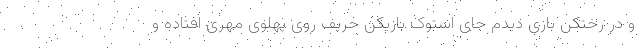
و در رختکن بازی دیدم جای استوک بازیکن حریف روی پهلوی مهری افتاده و